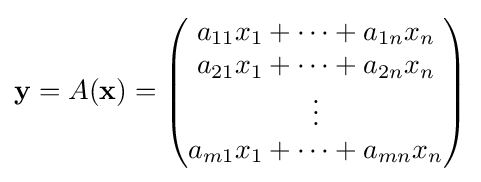
\mathbf {y} =A(\mathbf {x} )={\begin{pmatrix}a_{11}x_{1}+\cdots +a_{1n}x_{n}\\a_{21}x_{1}+\cdots +a_{2n}x_{n}\\\vdots \\a_{m1}x_{1}+\cdots +a_{mn}x_{n}\end{pmatrix}}